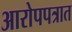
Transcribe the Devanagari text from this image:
आरोपपत्रात